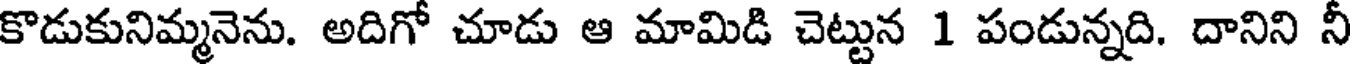
కొడుకునిమ్మనెను. అదిగో చూడు ఆ మామిడి చెట్టున 1 పండున్నది. దానిని నీ